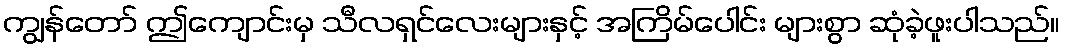
ကျွန်တော် ဤကျောင်းမှ သီလရှင်လေးများနှင့် အကြိမ်ပေါင်း များစွာ ဆုံခဲ့ဖူးပါသည်။